Annual report on the health of the army in India
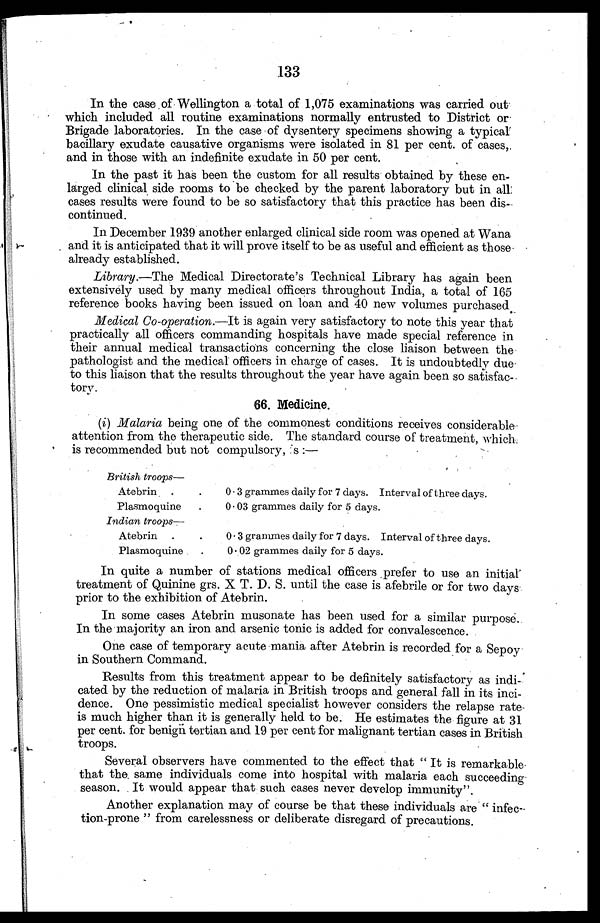
133
In the case of Wellington a total of 1,075 examinations was carried out
which included all routine examinations normally entrusted to District or
Brigade laboratories. In the case of dysentery specimens showing a typica
l bacillary exudate causative organisms were isolated in 81 per cent. of cases,
and in those with an indefinite exudate in 50 per cent.
In the past it has been the custom for all results obtained by these en
-larged clinical side rooms to be checked by the parent laboratory but in all
cases results were found to be so satisfactory that this practice has been dis
-continued.
In December 1939 another enlarged clinical side room was opened at Wana
and it is anticipated that it will prove itself to be as useful and efficient as those
already established.
Library.—The Medical Directorate's Technical Library has again been
extensively used by many medical officers throughout India, a total of 165
reference books having been issued on loan and 40 new volumes purchased.
Medical Co-operation. —It is again very satisfactory to note this year that
practically all officers commanding hospitals have made special reference in
their annual medical transactions concerning the close liaison between the
pathologist and the medical officers in charge of cases. It is undoubtedly due
to this liaison that the results throughout the year have again been so satisfac
-tory.
66. Medicine.
(i) Malaria being one of the commonest conditions receives considerable
attention from the therapeutic side. The standard course of treatment, which
is recommended but not compulsory, is:—
British troops
—
Atebrin
0.3 grammes daily for 7 days. Interval of three days.
Plasmoquine
0.03 grammes daily for 5 days.
Indian troops—
Atebrin
0.3 grammes daily for 7 days. Interval of three days.
Plasmoquine
0.02 grammes daily for 5 days.
In quite a number of stations medical officers prefer to use an initial
treatment of Quinine grs. X T. D. S. until the case is afebrile or for two days
prior to the exhibition of Atebrin.
In some cases Atebrin musonate has been used for a similar purpose.
In the majority an iron and arsenic tonic is added for convalescence.
One case of temporary acute mania after Atebrin is recorded for a Sepoy
in Southern Command.
Results from this treatment appear to be definitely satisfactory as indi
-cated by the reduction of malaria in British troops and general fall in its inci
-dence. One pessimistic medical specialist however considers the relapse rate
is much higher than it is generally held to be. He estimates the figure at 31
per cent. for benign tertian and 19 per cent for malignant tertian cases in British
troops.
Several observers have commented to the effect that "It is remarkable
that the same individuals come into hospital with malaria each succeeding
season. It would appear that such cases never develop immunity".
Another explanation may of course be that these individuals are "infec
-tion-prone" from carelessness or deliberate disregard of precautions.